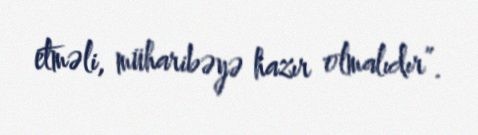
etməli, müharibəyə hazır olmalıdır”.